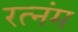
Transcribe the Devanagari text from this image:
रत्नंम